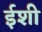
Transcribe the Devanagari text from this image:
ईशी